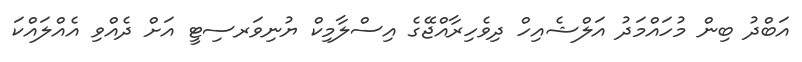
އަބްދު ބިން މުހައްމަދު އަލްޝެއިހް ދިވެހިރާއްޖޭގެ އިސްލާމިކް ޔުނިވަރސިޓީ އަށް ދެއްވި އެއްލައްކަ